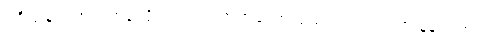
ပဝိသနပညာ၊ အာရုံသို့ သက်ဝင်တတ်သော ပညာတည်း။ ပဇာနနပညာ၊